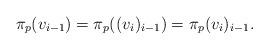
LaTeX: \begin{align*}\pi_{p}(v_{i-1})=\pi_{p}((v_{i})_{i-1})=\pi_{p}(v_{i})_{i-1}.\end{align*}